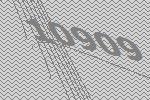
10909